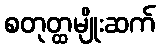
စတုတ္ထမျိုးဆက်